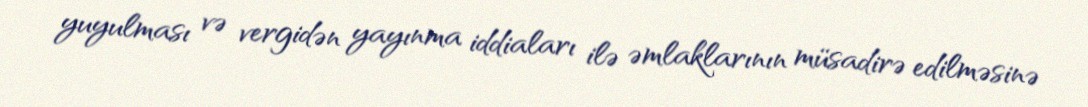
yuyulması və vergidən yayınma iddiaları ilə əmlaklarının müsadirə edilməsinə